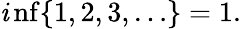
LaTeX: \operatorname*{\mathit{i}nf}\{ 1,2,3,\ldots\} =1.